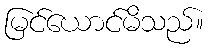
မြင်ယောင်မိသည်။